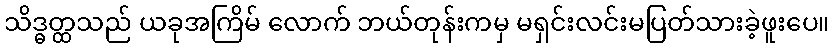
သိဒ္ဓတ္ထသည် ယခုအကြိမ် လောက် ဘယ်တုန်းကမှ မရှင်းလင်းမပြတ်သားခဲ့ဖူးပေ။